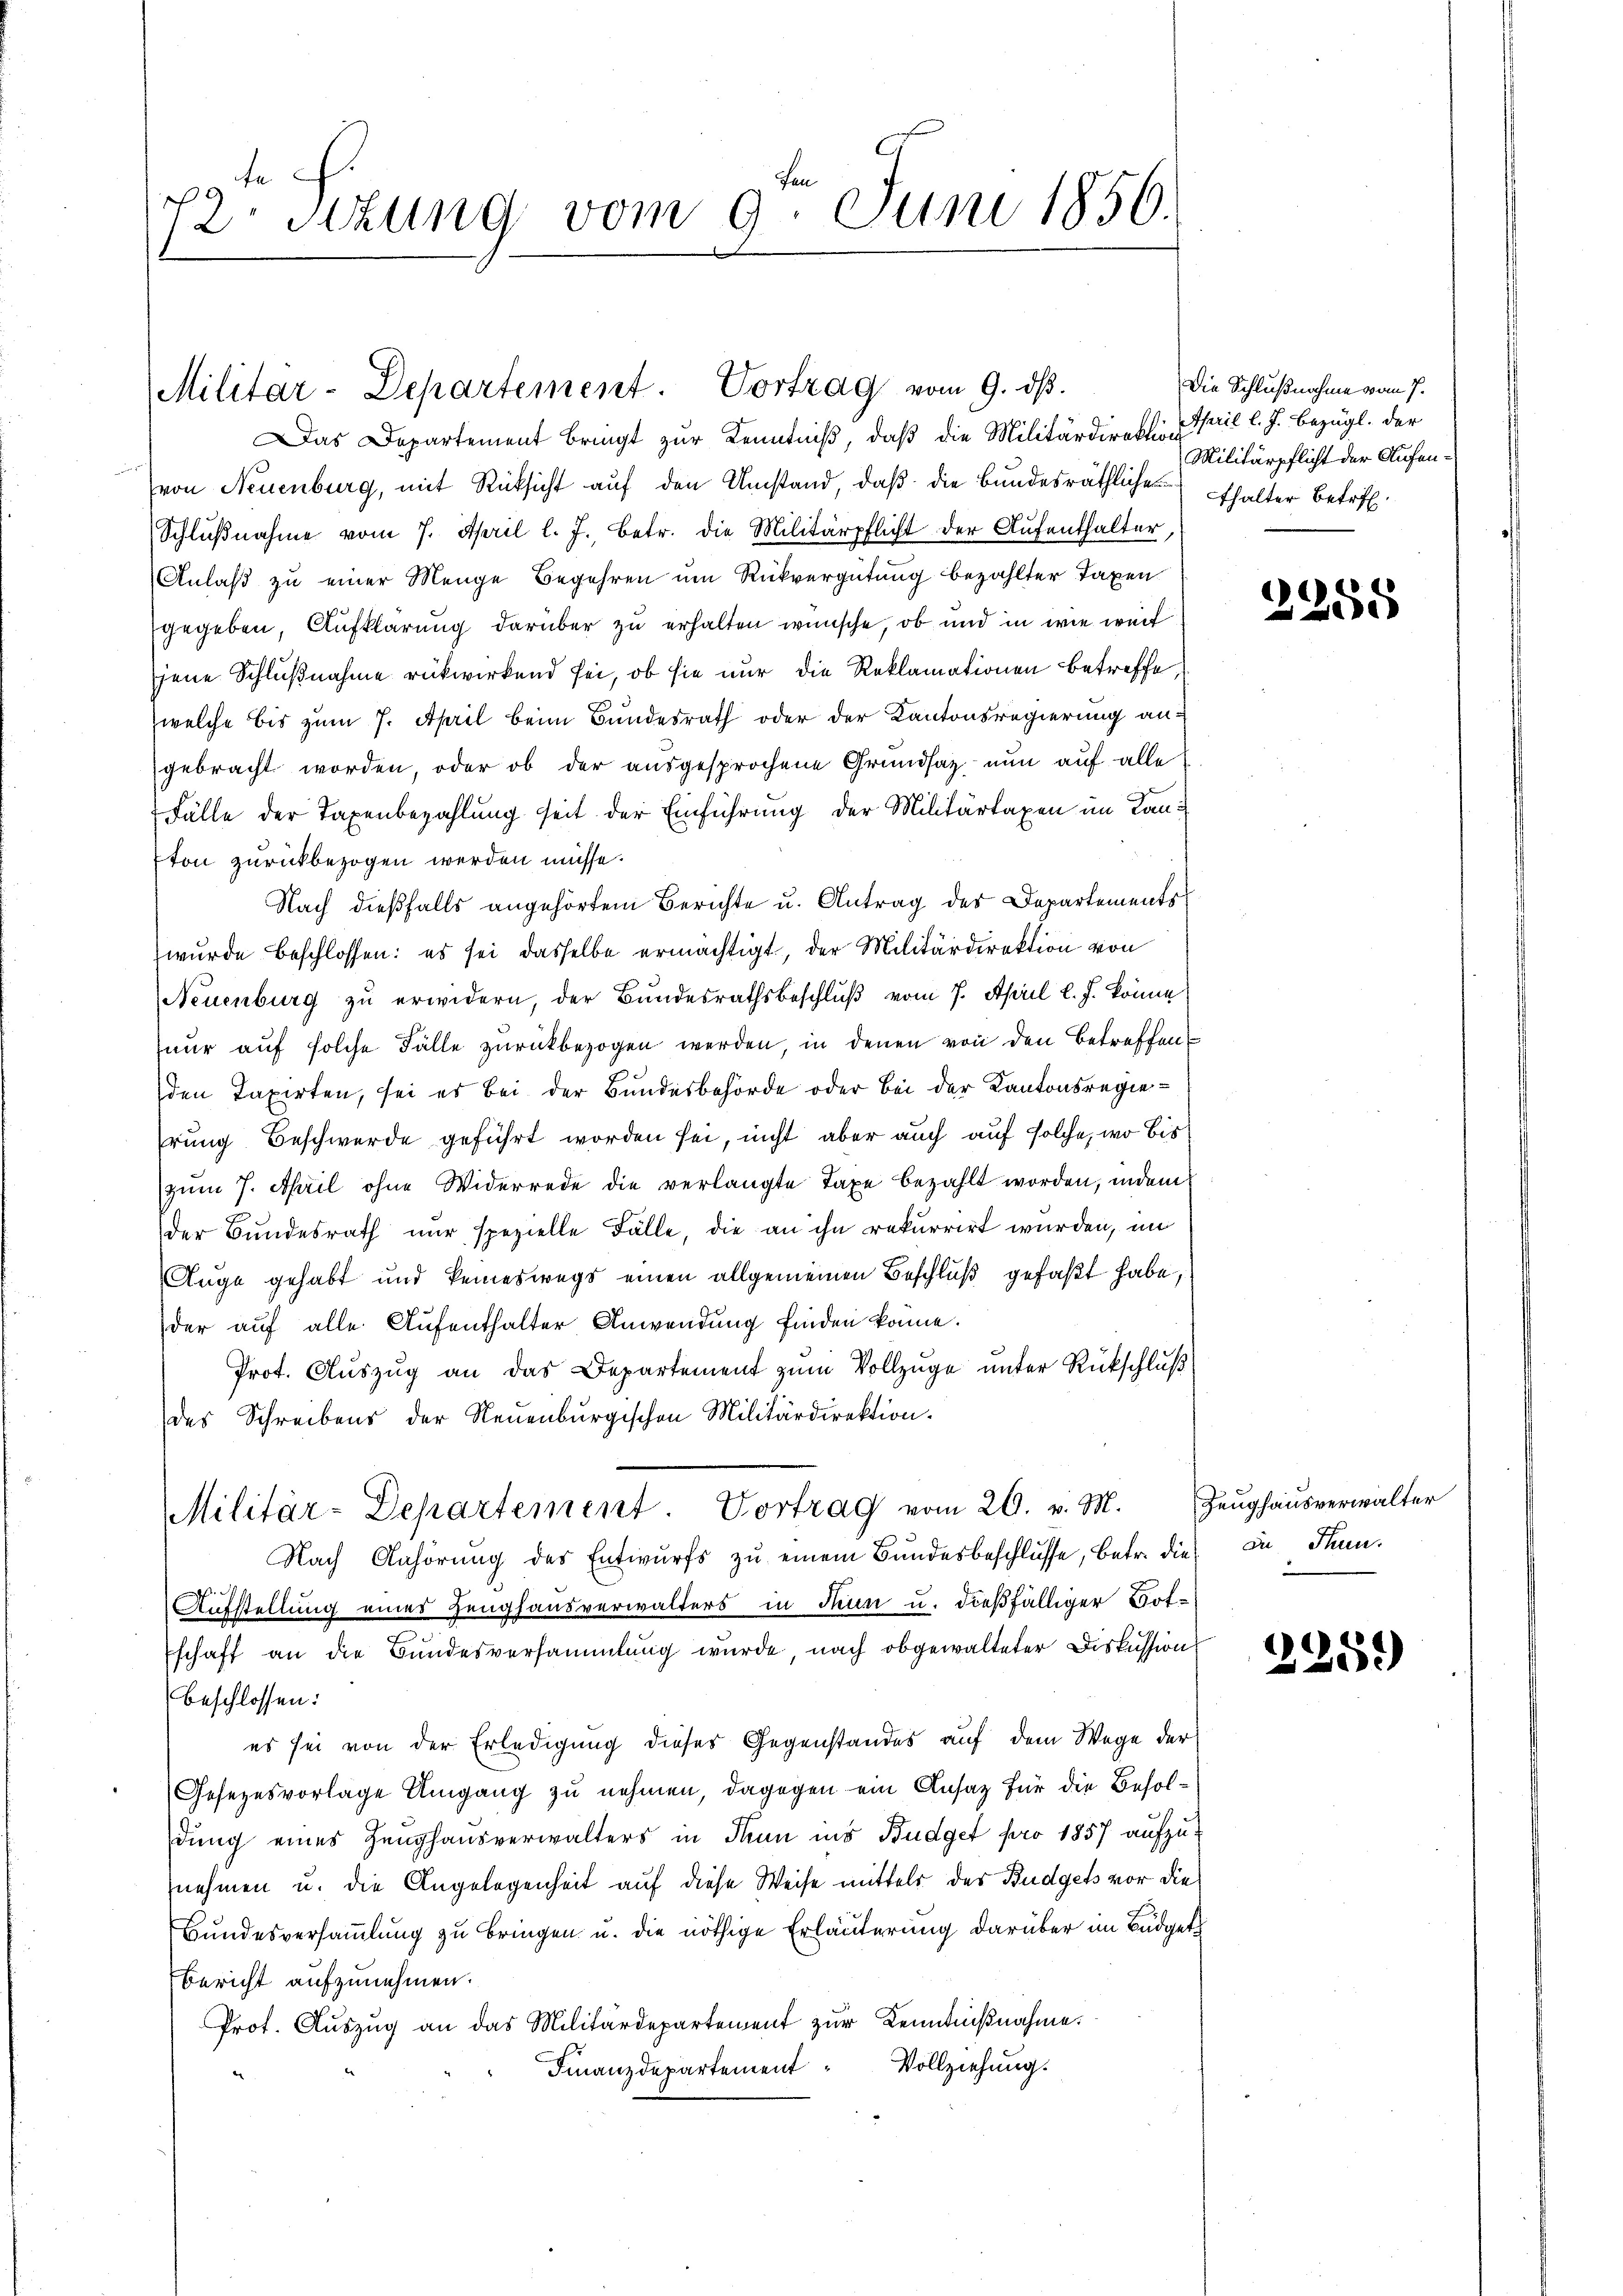
19t
12 Stzung vom 9. Juni 1856.

Militar-Departement. Vortrag vom 9. dβ.

Das Departement bringt zur Kenntniß, daß die Militärdirektion pril l. J. bezügl. der
von Neuenburg, mit Rücksicht auf den Umstand, daß die bundesräthliches thalter Betref
Schlŭβnahme vom 7. April l. J. betr. die Militärpflicht der Aufenthalter
Anlaß zu einer Menge Begehren um Rückvergütung bezahlter Taxen
gegeben, Aufklärung darüber zu erhalten wünsche, ob und in wie weit
jene Schlußnahme rükwirkend sei, ob sie nur die Reklamationen betreffe,
welche bis zum 7. April beim Bundesrath oder der Kantonsregierung angebracht worden, oder ob der ausgesprochene Grundsatz, nun auf alle
Fälle der Taxenbezahlung seit der Einführung der Militärtaxen im Lanton zurückbezogen werden müsse.
Nach dießfalls angehörtem Berichte u. Antrag des Departements
wurde beschlossen: es sei dasselbe ermächtigt, der Militärdirektion von
Neuenburg zu erwidern, der Bundesrathsbeschluß vom 7. April l. J. könne
eur auf solche Fälle zurückbezogen werden, in denen von den Betreffen
den Taxirten, sei es bei der Bundesbehörde oder bei der Kantonsregiehrung Beschwerde geführt worden sei, nicht aber auch auf solche, wo bis
zŭm 7. April ohne Widerrede die verlangte Taxe bezahlt worden, indem
der Bundesrath nur spezielle Fälle, die an ihn rekurrirt wurden, im
Auge gehabt und keineswegs einen allgemeinen Beschluß gefaßt habe,
der auf alle Aufenthalter Anwendung finden könne.
Prot. Auszug an das Departement zum Vollzuge unter Rückschluß
des Schreibens der Neuenburgischen Militärdirektion.
Militär-Departement. Vortrag vom 20. v. M. Zeŭghaŭs verwalter
Nach Anhörŭng des Entwurfs zŭ einem Bundesbeschlusse, betr. die in Thun.
Aufstellung eines Zeughausverwalters in denn u. dießfälliger Botschaft an die Bundesversammlung wurde, nach obgewalteter Diskussion
beschlossen:
es sei von der Erledigung dieses Gegenstandes auf dem Wege der
Gesezesvorlage Umgang zu nehmen, dagegen ein Ansatz für die Besoldung eines Zeughausverwalters in Thun ins Budget pro 1857 aufzu-
nehmen u. die Angelegenheit auf diese Weise mittels der Budgets vor die
Bundesversammlung zu bringen u. die nöthige Erläuterung darüber im Büdget¬
Bericht aufzunehmen.
Prot. Aŭszŭg an das Militärdepartement zŭr Kenntniβnahme.
Finanzdepartement“ Vollziehung.

Die Schlußnahme vom 7.
Militärpflicht der Aufen¬

2255

225)